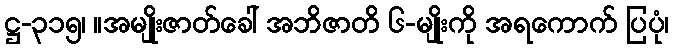
ဋ္ဌ-၃၁၅၊ ။အမျိုးဇာတ်ခေါ် အဘိဇာတိ ၆-မျိုးကို အရကောက် ပြပုံ၊